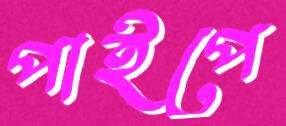
পাইপে